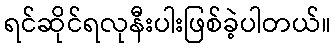
ရင်ဆိုင်ရလုနီးပါးဖြစ်ခဲ့ပါတယ်။